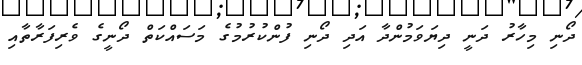
ދޯނި މިހާރު ދަނީ ދިޔަވަމުންދާ އަދި ދޯނި ފުންކުރުމުގެ މަސައްކަތް ދޯނީގެ ވެރިފަރާތާއި